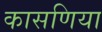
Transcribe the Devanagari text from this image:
कासणिया